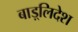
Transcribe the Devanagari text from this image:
बाड़्लिदेश